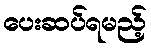
ပေးဆပ်ရမည့်